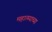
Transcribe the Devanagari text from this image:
महात्म्याच्या